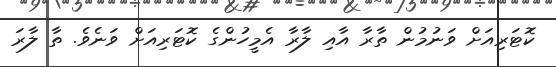
ކޮޓަރިއަށް ވަނުމުން ތާރާ އާއި ލާރާ އެމީހުންގެ ކޮޓަރިއަށް ވަނެވެ. ތާ ލާރަ